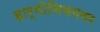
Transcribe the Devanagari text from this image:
हार्मोनियमवर